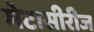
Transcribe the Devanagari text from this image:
मेटासीरीज